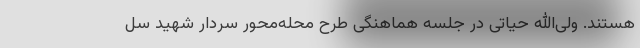
هستند. ولی‌الله حیاتی در جلسه هماهنگی طرح محله‌محور سردار شهید سل